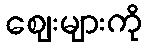
ဈေးများကို